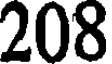
208